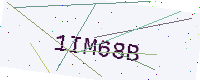
Text: 1IM68B